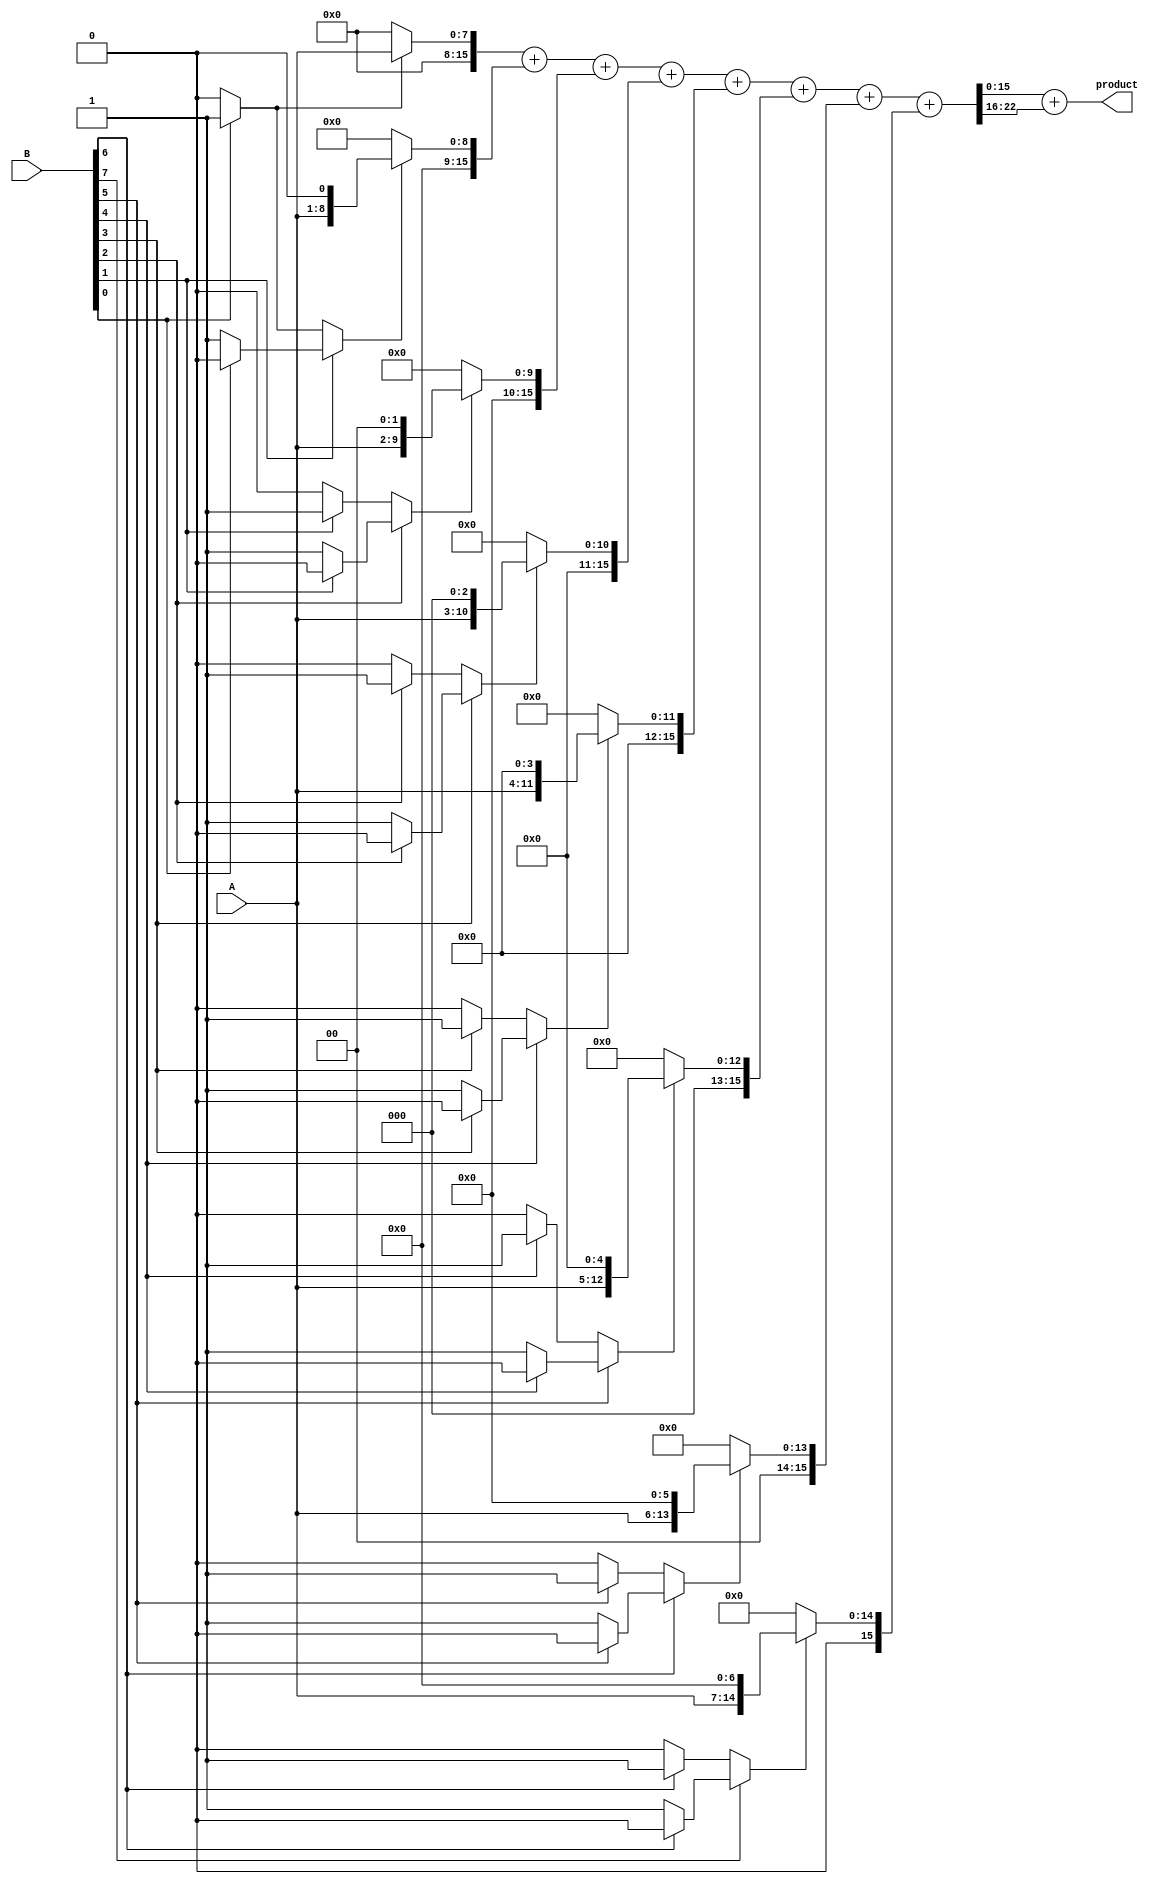
module csd_multiplier #(parameter WIDTH = 8, parameter CSD_WIDTH = WIDTH + 1)(
    input  wire [WIDTH-1:0] A,
    input  wire [WIDTH-1:0] B,
    output wire [2*WIDTH-1:0] product
);

// CSD Conversion Module
function [CSD_WIDTH-1:0] to_csd;
    input [WIDTH-1:0] bin;
    integer i;
    reg [CSD_WIDTH-1:0] csd;
    begin
        csd = 0;
        for (i = 0; i < WIDTH; i = i + 1) begin
            if (bin[i] == 1) begin
                if (i > 0 && bin[i-1] == 1) begin
                    csd[i] = 0; // Carry from previous bit
                end else begin
                    csd[i] = 1; // +1 in CSD
                end
            end else if (i > 0 && bin[i-1] == 1) begin
                csd[i] = -1; // -1 in CSD
            end
        end
        to_csd = csd;
    end
endfunction

// Partial Product Generation
wire [CSD_WIDTH-1:0] csd_B;
assign csd_B = to_csd(B);

wire [2*WIDTH-1:0] partial_products[CSD_WIDTH-1:0];

genvar j;
generate
    for (j = 0; j < CSD_WIDTH; j = j + 1) begin : pp_gen
        assign partial_products[j] = (csd_B[j] == 1) ? {A, {j{1'b0}}} : 
                                      (csd_B[j] == -1) ? ~{A, {j{1'b0}}} + 1'b1 : 
                                      0;
    end
endgenerate

// Partial Product Accumulation using Carry-Save Adder
wire [2*WIDTH-1:0] sum;
wire [2*WIDTH-1:0] carry;

assign {carry, sum} = partial_products[0] + partial_products[1] + partial_products[2] + partial_products[3] + 
                      partial_products[4] + partial_products[5] + partial_products[6] + partial_products[7];

// Final Carry Propagate Adder
wire [2*WIDTH-1:0] final_product;
assign final_product = sum + carry;

// Output
assign product = final_product;

endmodule